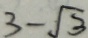
3 - \sqrt { 3 }